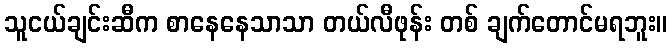
သူငယ်ချင်းဆီက စာနေနေသာသာ တယ်လီဖုန်း တစ် ချက်တောင်မရဘူး။